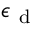
\epsilon _ { \mathrm { ~ d ~ } }